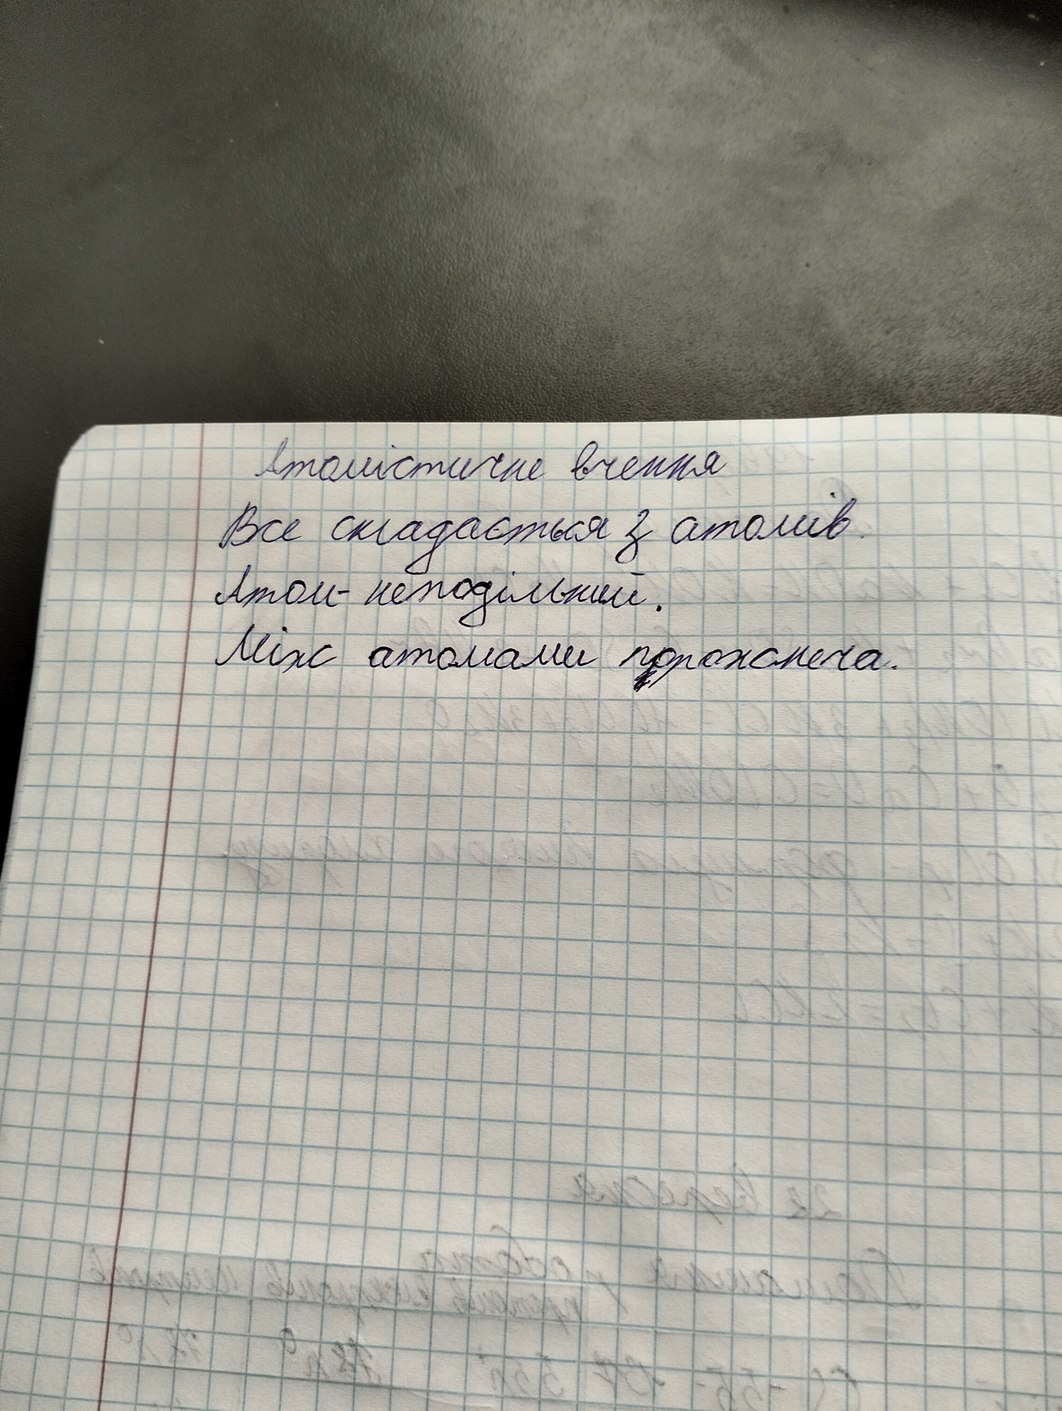
Атомістичне вчення
Все складається з атомів.
Атом- неподільний.
Між атомами порожнеча.